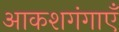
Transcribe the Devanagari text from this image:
आकशगंगाएँ